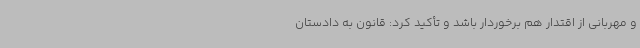
و مهربانی از اقتدار هم برخوردار باشد و تأکید کرد: قانون به دادستان